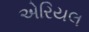
એરિયલ